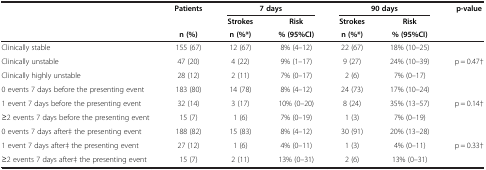
<table><thead><tr><td rowspan="2"><b> </b></td><td rowspan="2"><b>Patients</b></td><td colspan="2"><b>7 days</b></td><td colspan="2"><b>90 days</b></td><td rowspan="2"><b>p-value</b></td></tr><tr><td><b>Strokes</b></td><td><b>Risk</b></td><td><b>Strokes</b></td><td><b>Risk</b></td></tr><tr><td><b> </b></td><td><b>n (%)</b></td><td><b>n (%*)</b></td><td><b>% (95%CI)</b></td><td><b>n (%*)</b></td><td><b>% (95%CI)</b></td><td><b> </b></td></tr></thead><tbody><tr><td>Clinically stable</td><td>155 (67)</td><td>12 (67)</td><td>8% (4–12)</td><td>22 (67)</td><td>18% (10–25)</td><td rowspan="3">p = 0.47†</td></tr><tr><td>Clinically unstable</td><td>47 (20)</td><td>4 (22)</td><td>9% (1–17)</td><td>9 (27)</td><td>24% (10–39)</td></tr><tr><td>Clinically highly unstable</td><td>28 (12)</td><td>2 (11)</td><td>7% (0–17)</td><td>2 (6)</td><td>7% (0–17)</td></tr><tr><td>0 events 7 days before the presenting event</td><td>183 (80)</td><td>14 (78)</td><td>8% (4–12)</td><td>24 (73)</td><td>17% (10–24)</td><td rowspan="3">p = 0.14†</td></tr><tr><td>1 event 7 days before the presenting event</td><td>32 (14)</td><td>3 (17)</td><td>10% (0–20)</td><td>8 (24)</td><td>35% (13–57)</td></tr><tr><td>≥2 events 7 days before the presenting event</td><td>15 (7)</td><td>1 (6)</td><td>7% (0–19)</td><td>1 (3)</td><td>7% (0–19)</td></tr><tr><td>0 events 7 days after‡ the presenting event</td><td>188 (82)</td><td>15 (83)</td><td>8% (4–12)</td><td>30 (91)</td><td>20% (13–28)</td><td rowspan="2">p = 0.33†</td></tr><tr><td>1 event 7 days after‡ the presenting event</td><td>27 (12)</td><td>1 (6)</td><td>4% (0–11)</td><td>1 (3)</td><td>4% (0–11)</td></tr><tr><td>≥2 events 7 days after‡ the presenting event</td><td>15 (7)</td><td>2 (11)</td><td>13% (0–31)</td><td>2 (6)</td><td>13% (0–31)</td><td> </td></tr></tbody></table>